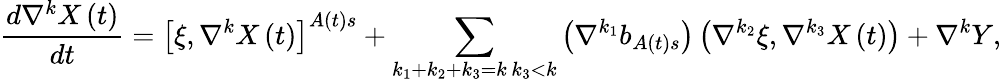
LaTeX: \frac{d\nabla^{k}X\left(t\right)}{dt}=\left[\xi,\nabla^{k}X\left(t\right)\right]^{A\left(t\right)s}+\sum_{\substack{k_{1}+k_{2}+k_{3}=k\, k_{3}<k}}\left(\nabla^{k_{1}}b_{A\left(t\right)s}\right)\left(\nabla^{k_{2}}\xi,\nabla^{k_{3}}X\left(t\right)\right)+\nabla^{k}Y,